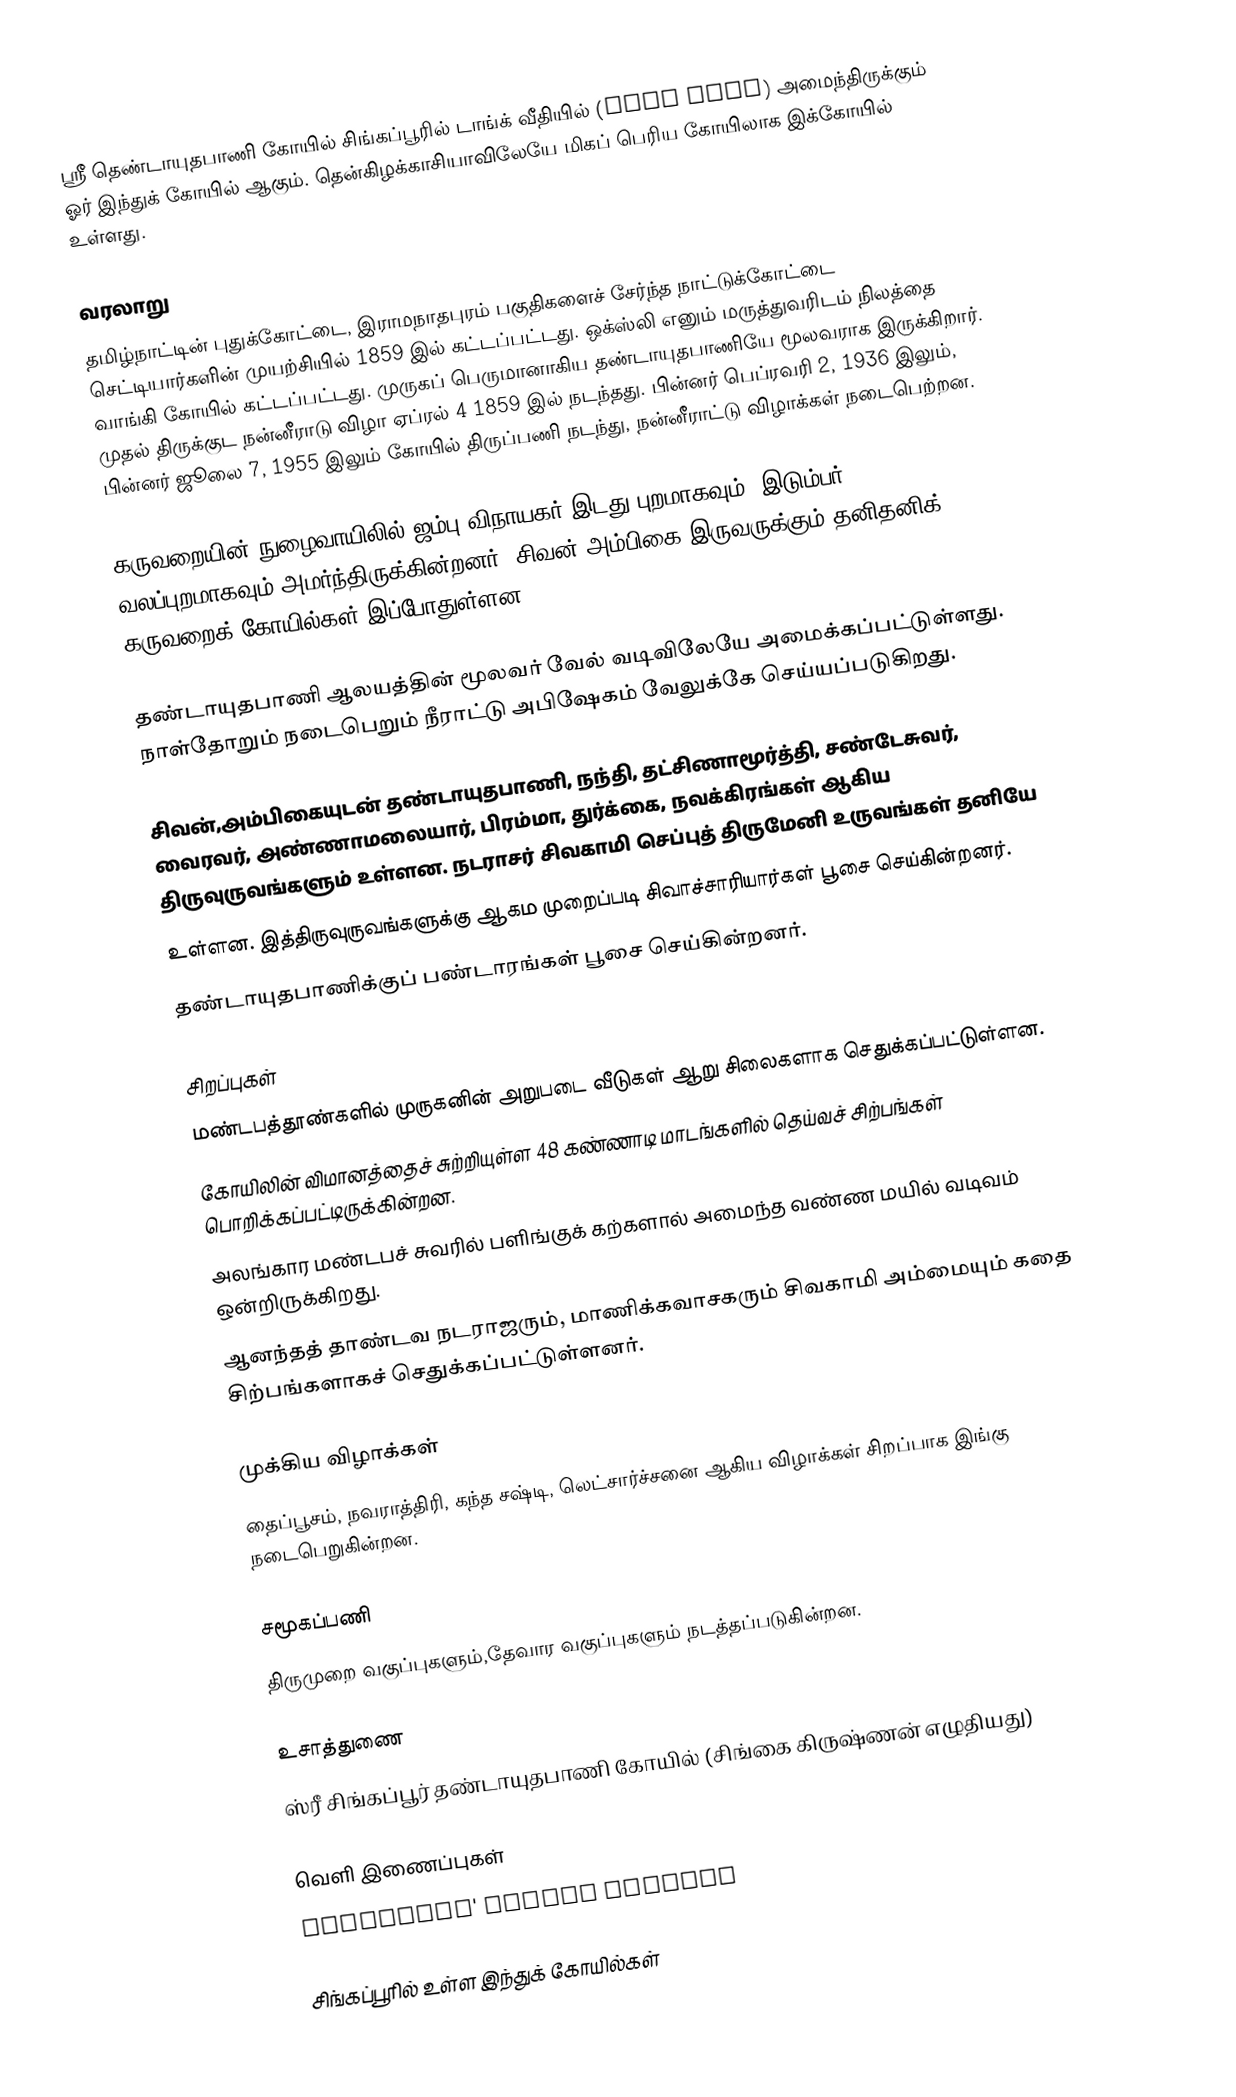
ஸ்ரீ தெண்டாயுதபாணி கோயில் சிங்கப்பூரில் டாங்க் வீதியில் (Tank Road) அமைந்திருக்கும் ஓர் இந்துக் கோயில் ஆகும். தென்கிழக்காசியாவிலேயே மிகப் பெரிய கோயிலாக இக்கோயில் உள்ளது.

வரலாறு
தமிழ்நாட்டின் புதுக்கோட்டை, இராமநாதபுரம் பகுதிகளைச் சேர்ந்த நாட்டுக்கோட்டை செட்டியார்களின் முயற்சியில் 1859 இல் கட்டப்பட்டது. ஒக்ஸ்லி எனும் மருத்துவரிடம் நிலத்தை வாங்கி கோயில் கட்டப்பட்டது. முருகப் பெருமானாகிய தண்டாயுதபாணியே மூலவராக இருக்கிறார். முதல் திருக்குட நன்னீராடு விழா ஏப்ரல் 4 1859 இல் நடந்தது. பின்னர் பெப்ரவரி 2, 1936 இலும், பின்னர் ஜூலை 7, 1955 இலும் கோயில் திருப்பணி நடந்து, நன்னீராட்டு விழாக்கள் நடைபெற்றன.

கருவறையின் நுழைவாயிலில் ஜம்பு விநாயகர் இடது புறமாகவும், இடும்பர் வலப்புறமாகவும் அமர்ந்திருக்கின்றனர். சிவன்,அம்பிகை இருவருக்கும் தனிதனிக் கருவறைக் கோயில்கள் இப்போதுள்ளன.

தண்டாயுதபாணி ஆலயத்தின் மூலவர் வேல் வடிவிலேயே அமைக்கப்பட்டுள்ளது. நாள்தோறும் நடைபெறும் நீராட்டு அபிஷேகம் வேலுக்கே செய்யப்படுகிறது.

சிவன்,அம்பிகையுடன் தண்டாயுதபாணி, நந்தி,  தட்சிணாமூர்த்தி, சண்டேசுவர், வைரவர், அண்ணாமலையார், பிரம்மா, துர்க்கை, நவக்கிரங்கள் ஆகிய திருவுருவங்களும் உள்ளன. நடராசர் சிவகாமி செப்புத் திருமேனி உருவங்கள் தனியே
உள்ளன. இத்திருவுருவங்களுக்கு ஆகம முறைப்படி சிவாச்சாரியார்கள் பூசை செய்கின்றனர்.
தண்டாயுதபாணிக்குப் பண்டாரங்கள் பூசை செய்கின்றனர்.

சிறப்புகள்
 மண்டபத்தூண்களில் முருகனின் அறுபடை வீடுகள் ஆறு சிலைகளாக செதுக்கப்பட்டுள்ளன.
 கோயிலின் விமானத்தைச் சுற்றியுள்ள 48 கண்ணாடி மாடங்களில் தெய்வச் சிற்பங்கள் பொறிக்கப்பட்டிருக்கின்றன.
 அலங்கார மண்டபச் சுவரில் பளிங்குக் கற்களால் அமைந்த வண்ண மயில் வடிவம் ஒன்றிருக்கிறது.
 ஆனந்தத் தாண்டவ நடராஜரும், மாணிக்கவாசகரும் சிவகாமி அம்மையும் கதை சிற்பங்களாகச் செதுக்கப்பட்டுள்ளனர்.

முக்கிய விழாக்கள்
தைப்பூசம், நவராத்திரி, கந்த சஷ்டி, லெட்சார்ச்சனை ஆகிய விழாக்கள் சிறப்பாக இங்கு நடைபெறுகின்றன.

சமூகப்பணி
திருமுறை வகுப்புகளும்,தேவார வகுப்புகளும் நடத்தப்படுகின்றன.

உசாத்துணை
 ஸ்ரீ சிங்கப்பூர் தண்டாயுதபாணி கோயில் (சிங்கை கிருஷ்ணன் எழுதியது)

வெளி இணைப்புகள்
 Chettiars' Temple Society

சிங்கப்பூரில் உள்ள இந்துக் கோயில்கள்